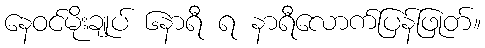
နေဝင်မိုးချုပ် ၆နာရီ ရ နာရီလောက်ပြန်ဖြုတ်။